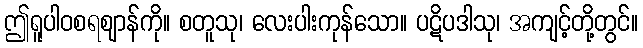
ဤရူပါဝစရဈာန်ကို။ စတူသု၊ လေးပါးကုန်သော။ ပဋိပဒါသု၊ အကျင့်တို့တွင်။